65_HS1-834228961_62-HQ-83894_Section_8
Agency: FBI
Page 132
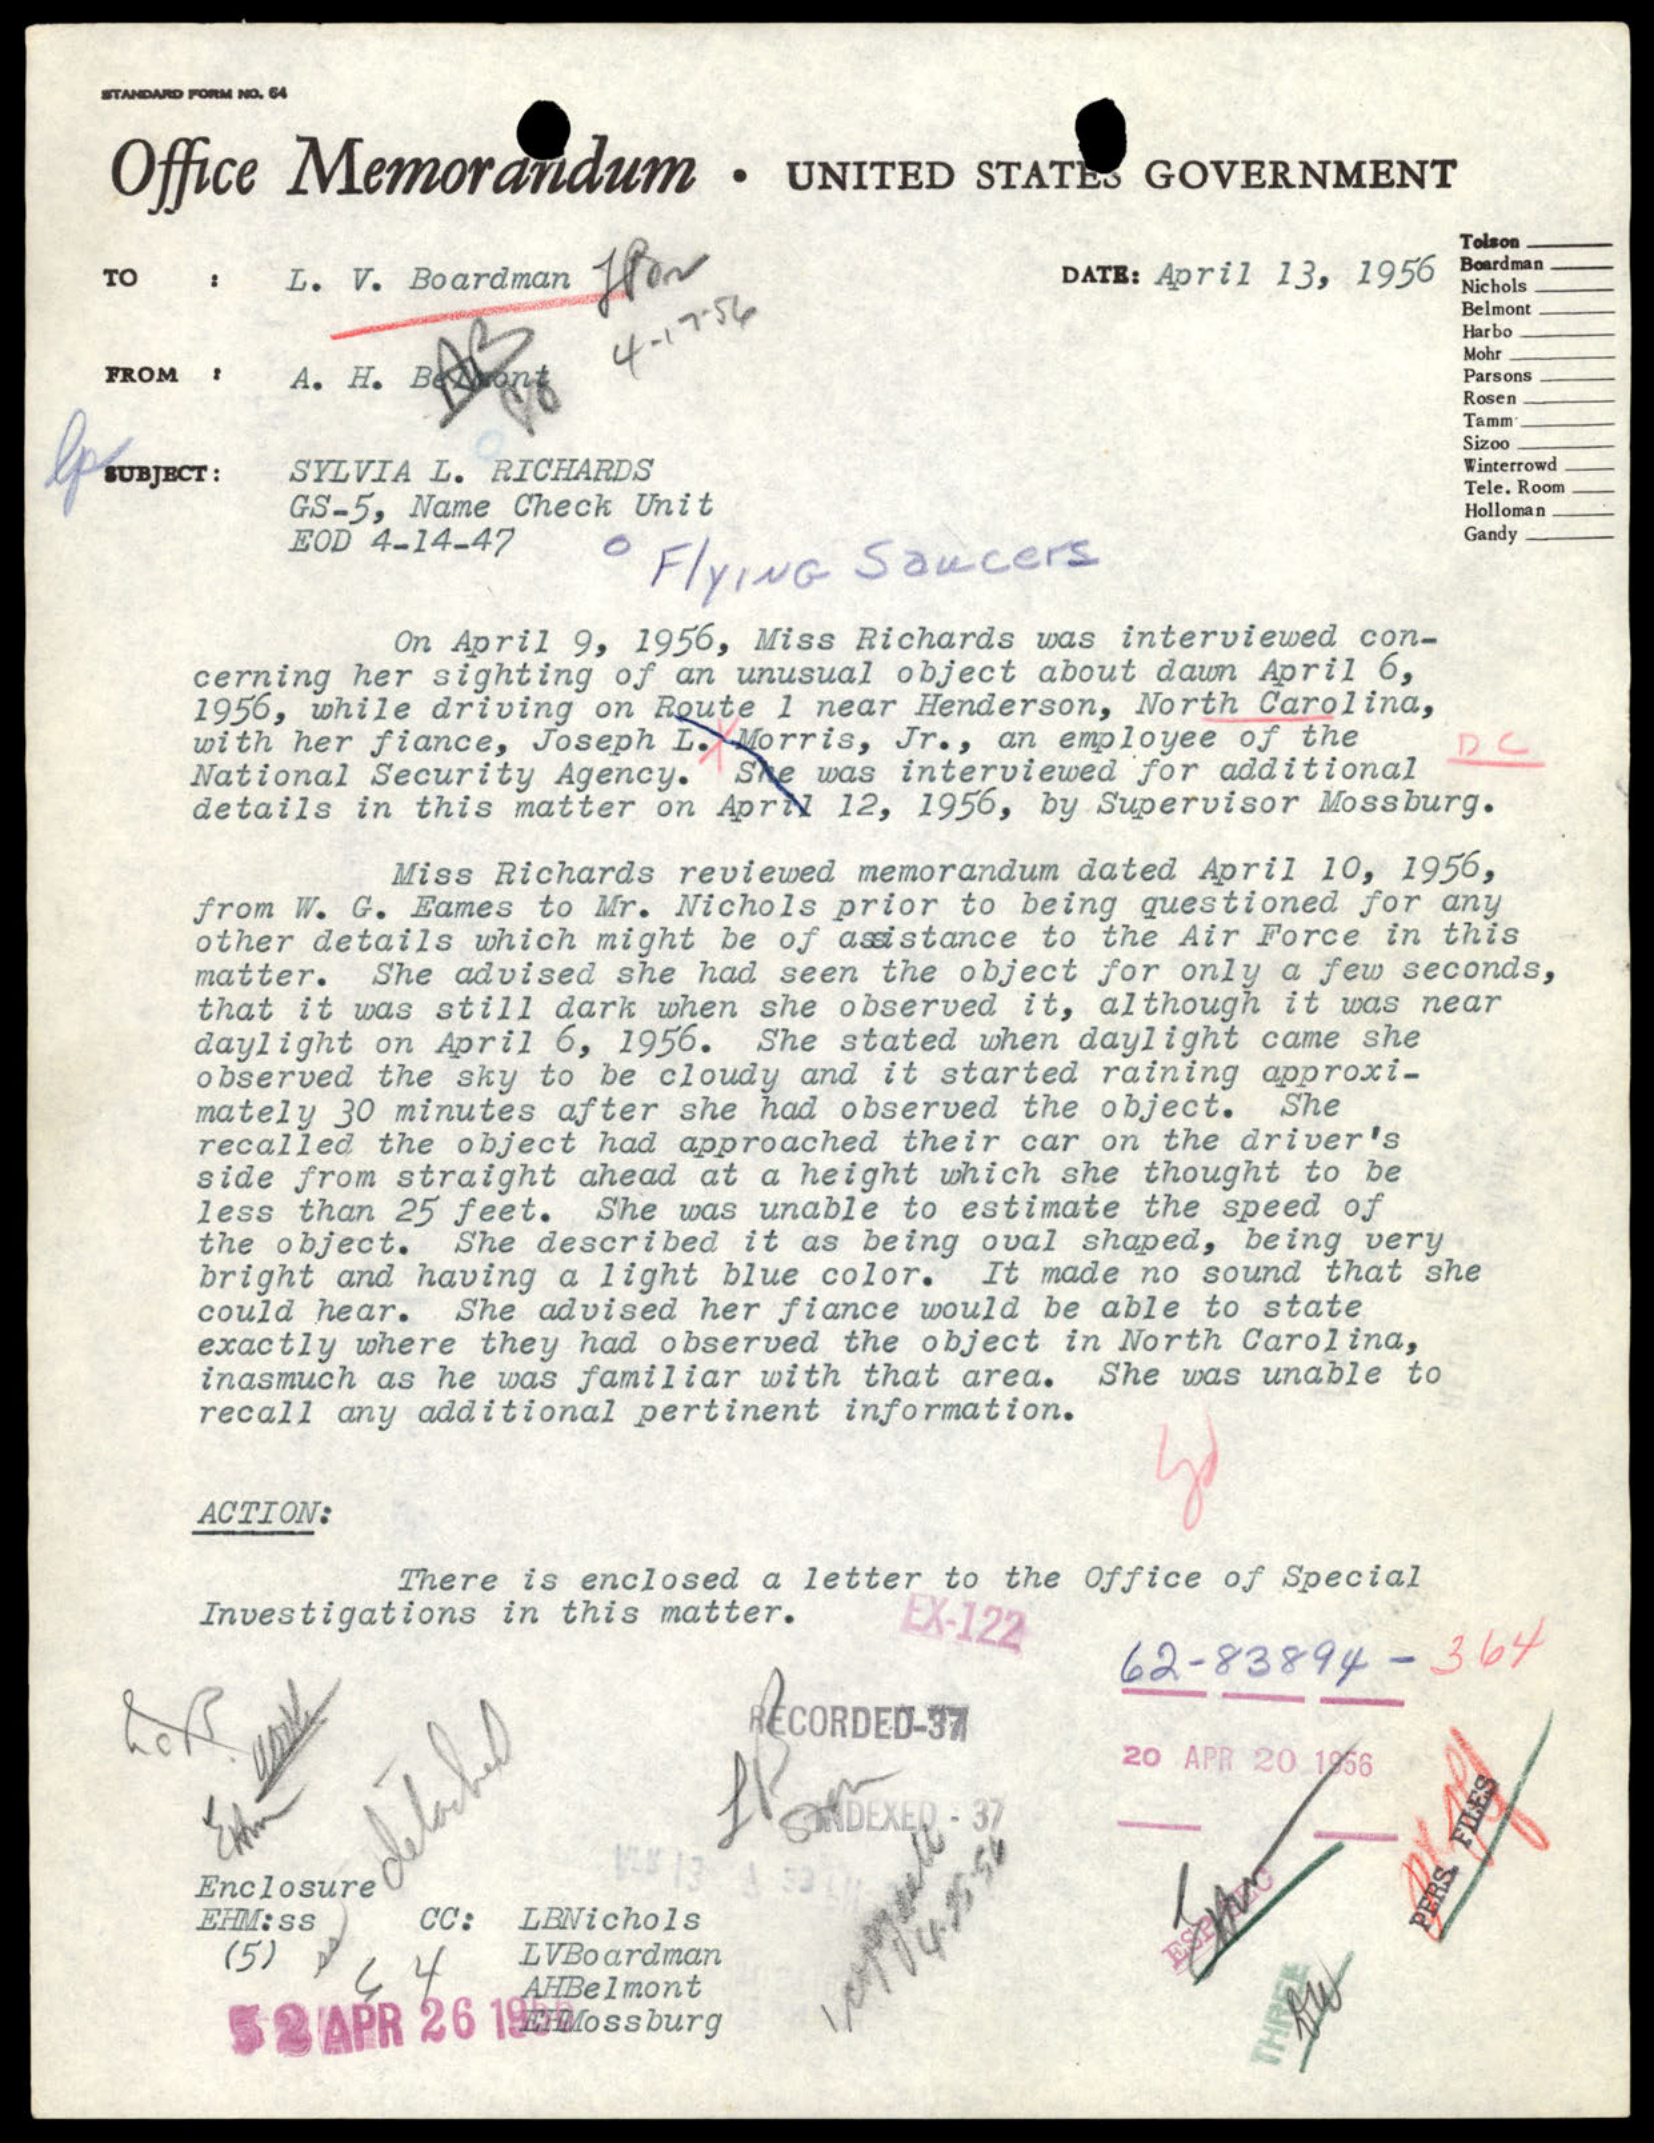